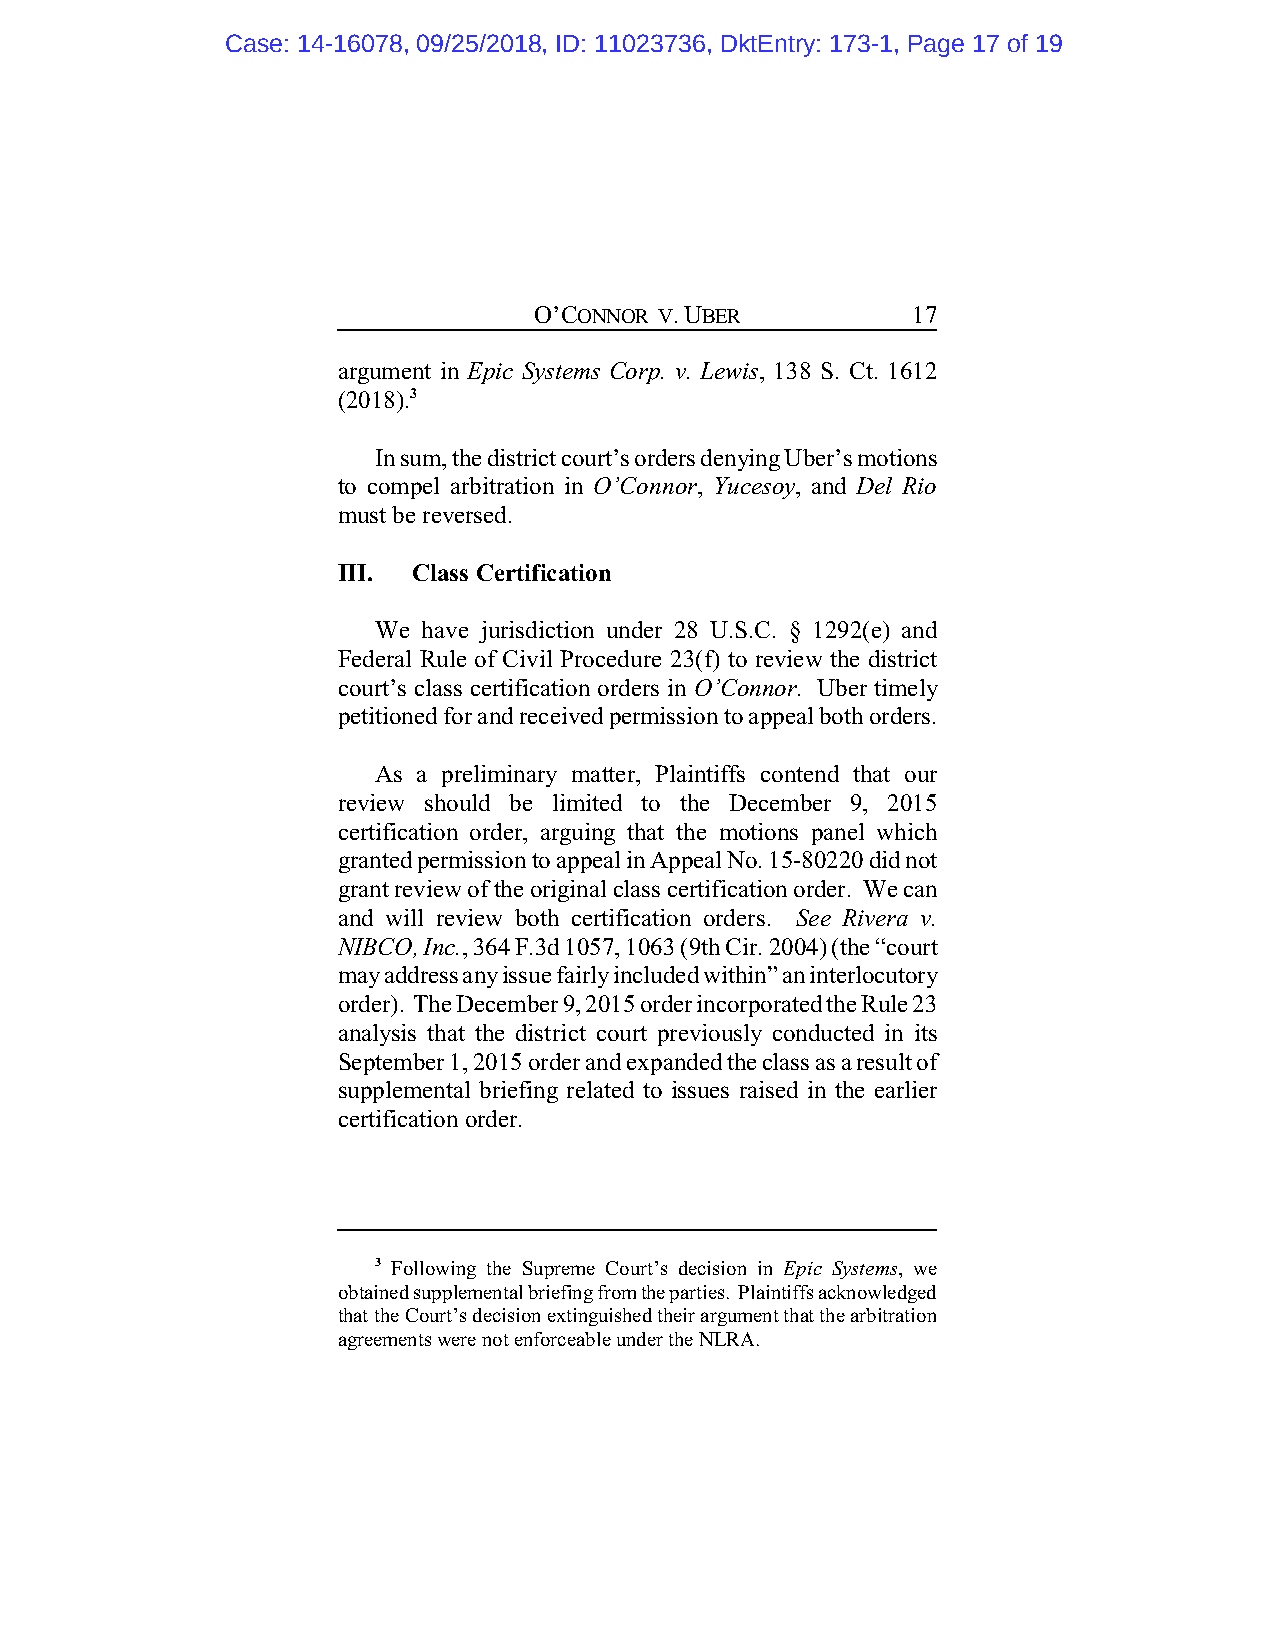
Case: 14-16078, 09/25/2018, ID: 11023736, DktEntry: 173-1, Page 17 of 19
 O’CONNOR V. UBER         17
 argument in Epic Systems Corp. v. Lewis, 138 S. Ct. 1612
 (2018).3
 In sum, the district court’s orders denying Uber’s motions
 to compel arbitration in O’Connor, Yucesoy, and Del Rio
 must be reversed.
 III. Class Certification
 We have jurisdiction under 28 U.S.C. § 1292(e) and
 Federal Rule of Civil Procedure 23(f) to review the district
 court’s class certification orders in O’Connor. Uber timely
 petitioned for and received permission to appeal both orders.
 As a preliminary matter, Plaintiffs contend that our
 review should be limited to the December 9, 2015
 certification order, arguing that the motions panel which
 granted permission to appeal in Appeal No. 15-80220 did not
 grant review of the original class certification order. We can
 and will review both certification orders. See Rivera v.
 NIBCO, Inc., 364 F.3d 1057, 1063 (9th Cir. 2004) (the “court
 may address any issue fairly included within” an interlocutory
 order). The December 9, 2015 order incorporated the Rule 23
 analysis that the district court previously conducted in its
 September 1, 2015 order and expanded the class as a result of
 supplemental briefing related to issues raised in the earlier
 certification order.
 3 Following the Supreme Court’s decision in Epic Systems, we
 obtained supplemental briefing from the parties. Plaintiffs acknowledged
 that the Court’s decision extinguished their argument that the arbitration
 agreements were not enforceable under the NLRA.